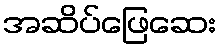
အဆိပ်ဖြေဆေး